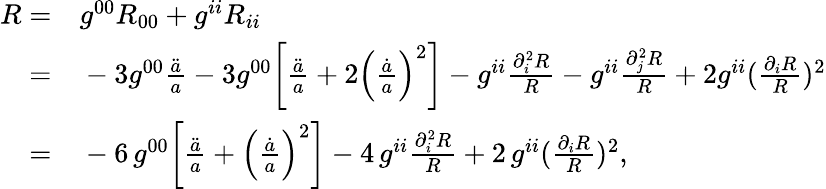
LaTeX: \begin{array}{rl}{R=}&{{}g^{00}R_{00}+g^{ii}R_{ii}}\\ {=}&{{}-3g^{00}\frac{\ddot{a}}{a}-3g^{00}\bigg[\frac{\ddot{a}}{a}+2\left(\frac{\dot{a}}{a}\right)^{2}\bigg]-g^{ii}\frac{\partial_{i}^{2}R}{R}-g^{ii}\frac{\partial_{j}^{2}R}{R}+2g^{ii}(\frac{\partial_{i}R}{R})^{2}}\\ {=}&{{}-6\, g^{00}\bigg[\frac{\ddot{a}}{a}+\left(\frac{\dot{a}}{a}\right)^{2}\bigg]-4\, g^{ii}\frac{\partial_{i}^{2}R}{R}+2\, g^{ii}(\frac{\partial_{i}R}{R})^{2},}\end{array}